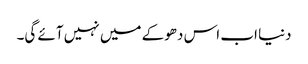
دنیا اب اس دھوکے میں نہیں آئے گی۔